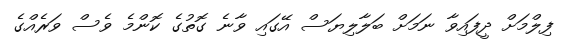
ފިލްމަށް ދީފައިވާ ނަމަށް ބަލާލިޔަސް އޭގައި ވާނެ ގޮތުގެ ކޮންމެ ވެސް ވަރެއްގެ